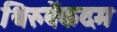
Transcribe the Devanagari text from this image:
थिरुवेंकदम